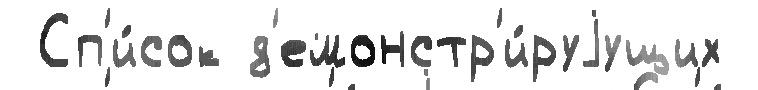
 Сп'и́сок д'емонстр'и́руjущих